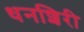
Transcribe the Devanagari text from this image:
धनशिरी